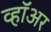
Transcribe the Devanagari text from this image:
व्हॉअर